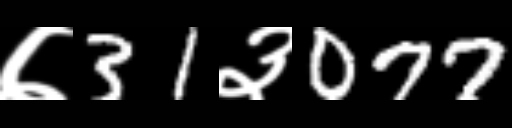
Text: ७31३077